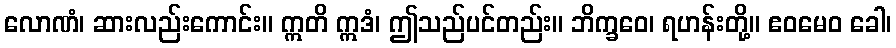
လောဏံ၊ ဆားလည်းကောင်း။ ဣတိ ဣဒံ၊ ဤသည်ပင်တည်း။ ဘိက္ခဝေ၊ ရဟန်းတို့။ ဧဝမေဝ ခေါ၊